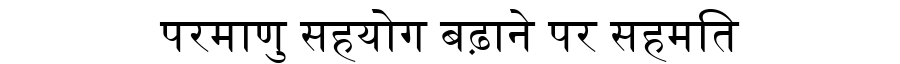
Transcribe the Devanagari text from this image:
परमाणु सहयोग बढ़ाने पर सहमति